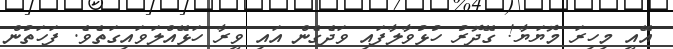
އޭއީ މިހިރަ މޮޔަޔާ! ގޭދޮރު ހުޅުވާލާފައި ވަދެގެން އައި ވީރާ ހަޅޭއްލަވައިގަތެވެ. ފަހަތުން